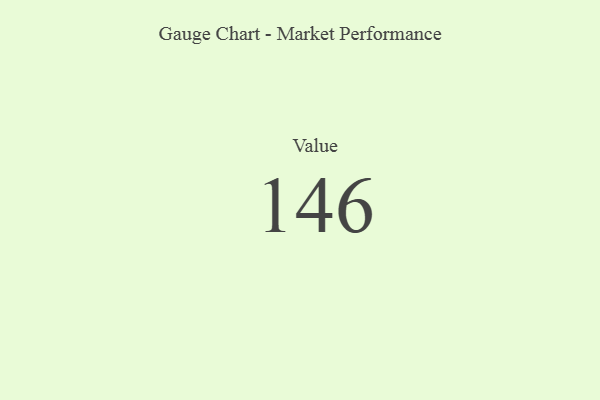
{"axis": {"x": "Metric", "y": "Value"}, "legend": [""], "data": [{"x": "Value", "y": 146, "type": ""}]}